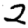
Digit: 2